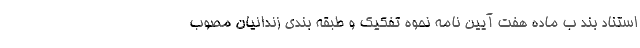
استناد بند ب ماده هفت آیین نامه نحوه تفکیک و طبقه بندی زندانیان مصوب